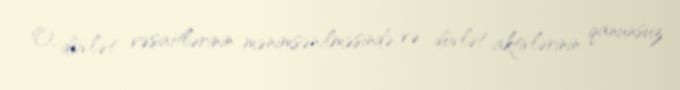
O, dövlət vəsaitlərinin mənimsənilməsində və dövlət aktivlərinin qanunsuz